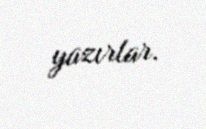
yazırlar.